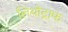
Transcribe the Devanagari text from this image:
लिथोट्राफ